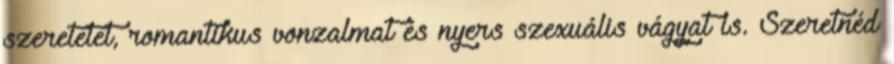
szeretetet, romantikus vonzalmat és nyers szexuális vágyat is. Szeretnéd